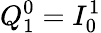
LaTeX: Q_{1}^{0}=I_{0}^{1}